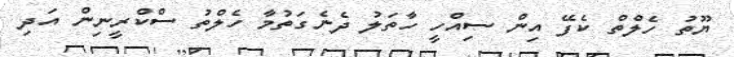
ޔޫތު ހެލްތް ކެފޭ އިން ސިއްހީ ހާތަލު ދެނެގަތުމާ ހެލްތު ސްކްރީނިން އަދި